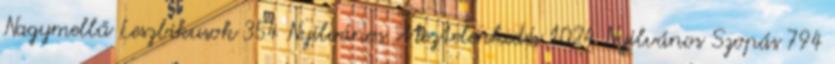
Nagymellű Leszbikusok 354 Nyilvános Meztelenkedés 1024 Nyilvános Szopás 794